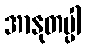
အာနုတပ္ပါ